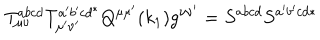
LaTeX: T _ { \mu \nu } ^ { a b c d } T _ { \mu ^ { \prime } \nu ^ { \prime } } ^ { a ^ { \prime } b ^ { \prime } c d ^ { * } } Q ^ { \mu \mu ^ { \prime } } ( k _ { 1 } ) g ^ { \nu \nu ^ { \prime } } = S ^ { a b c d } S ^ { a ^ { \prime } b ^ { \prime } c d * }